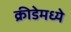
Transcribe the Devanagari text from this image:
क्रीडेमध्ये